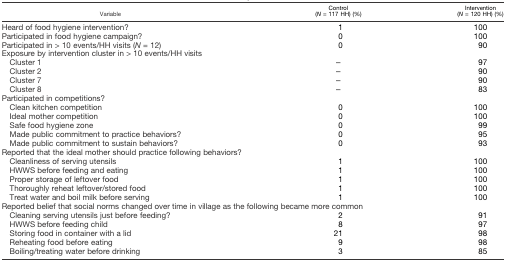
| Variable | Control (N = 117 HH) (%) | Intervention (N = 120 HH) (%) |
 | --- | --- | --- |
 | Heard of food hygiene intervention? | 1 | 100 |
 | Participated in food hygiene campaign? | 0 | 100 |
 | Participated in > 10 events/HH visits (N = 12) | 0 | 90 |
 | <COLSPAN=3> Exposure by intervention cluster in > 10 events/HH visits |
 | Cluster 1 | – | 97 |
 | Cluster 2 | – | 90 |
 | Cluster 7 | – | 90 |
 | Cluster 8 | – | 83 |
 | <COLSPAN=3> Participated in competitions? |
 | Clean kitchen competition | 0 | 100 |
 | Ideal mother competition | 0 | 100 |
 | Safe food hygiene zone | 0 | 99 |
 | Made public commitment to practice behaviors? | 0 | 95 |
 | Made public commitment to sustain behaviors? | 0 | 93 |
 | <COLSPAN=3> Reported that the ideal mother should practice following behaviors? |
 | Cleanliness of serving utensils | 1 | 100 |
 | HWWS before feeding and eating | 1 | 100 |
 | Proper storage of leftover food | 1 | 100 |
 | Thoroughly reheat leftover/stored food | 1 | 100 |
 | Treat water and boil milk before serving | 1 | 100 |
 | <COLSPAN=3> Reported belief that social norms changed over time in village as the following became more common |
 | Cleaning serving utensils just before feeding? | 2 | 91 |
 | HWWS before feeding child | 8 | 97 |
 | Storing food in container with a lid | 21 | 98 |
 | Reheating food before eating | 9 | 98 |
 | Boiling/treating water before drinking | 3 | 85 |